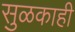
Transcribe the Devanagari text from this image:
सुळकाही